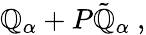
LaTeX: \mathbb{Q}_{\alpha}+P{\tilde{{\mathbb{Q}}}}_{\alpha}\ ,